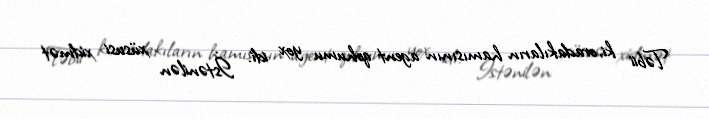
Təbii ki, oradakıların hamısının agent qohumu yox idi. İstənilən xüsusi xidmət